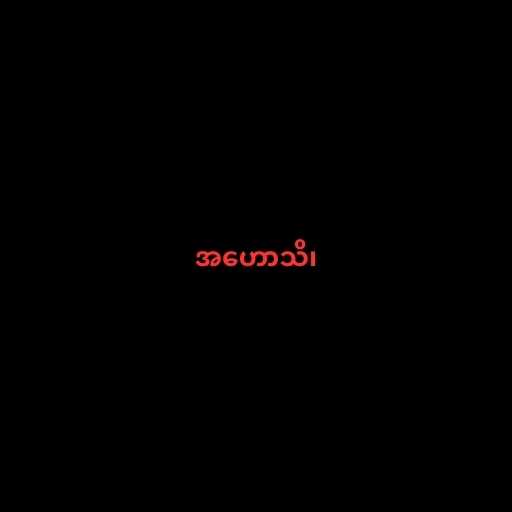
အဟောသိ၊